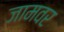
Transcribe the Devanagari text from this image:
जामवर